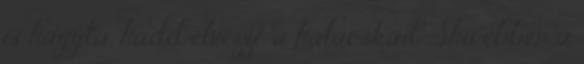
is hagyta, hadd élvezze a halacskáit. Shu ebben a